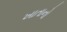
ખાતાનો